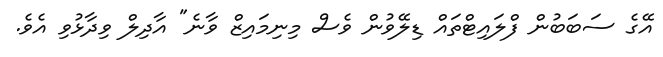
އޭގެ ސަބަބުން ފްލައިޓްތައް ޑިލޭވުން ވެސް މިނިމައިޒް ވާނެ" އާދިލް ވިދާޅުވި އެވެ.